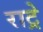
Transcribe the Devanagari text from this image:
राट्रे